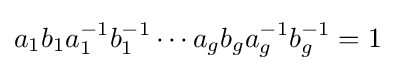
a_{1}b_{1}a_{1}^{-1}b_{1}^{-1}\cdots a_{g}b_{g}a_{g}^{-1}b_{g}^{-1}=1